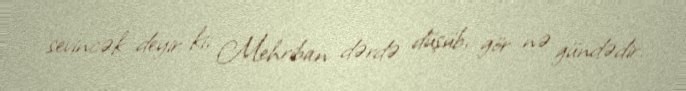
sevincək deyir ki, Mehriban dərdə düşüb, gör nə gündədir.